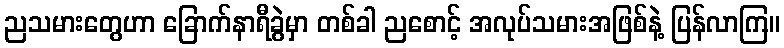
ညသမားတွေဟာ ခြောက်နာရီခွဲမှာ တစ်ခါ ညစောင့် အလုပ်သမားအဖြစ်နဲ့ ပြန်လာကြ။